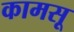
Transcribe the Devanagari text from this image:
कामसू